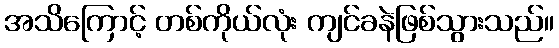
အသိကြောင့် တစ်ကိုယ်လုံး ကျင်ခနဲဖြစ်သွားသည်။